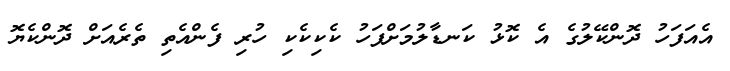
އެއަފަހު ދޮންކޭލުގެ އެ ކޮޅު ކަނޑާލުމަށްފަހު ކެކިކެކި ހުރި ފެންއެތި ތެރެއަށް ދޮންކެޔޮ